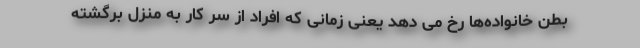
بطن خانواده‌ها رخ می دهد یعنی زمانی که افراد از سر کار به منزل برگشته